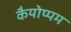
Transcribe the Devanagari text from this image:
कैयोप्पम